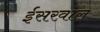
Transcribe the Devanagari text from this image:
ईसरवाल्